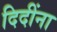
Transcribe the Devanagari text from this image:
दिदींना